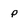
Character: p